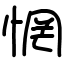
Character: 惘